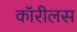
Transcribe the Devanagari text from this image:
कॉरीलस